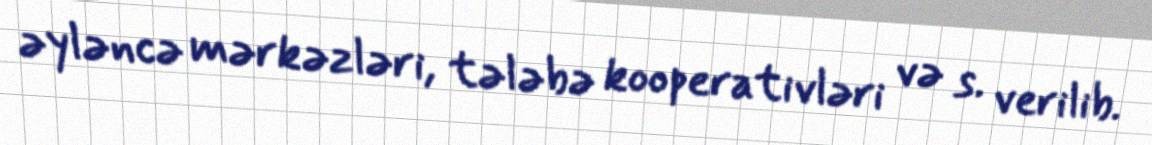
əyləncə mərkəzləri, tələbə kooperativləri və s. verilib.